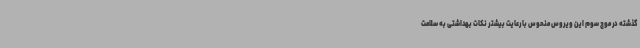
گذشته در موج سوم این ویروس منحوس با رعایت بیشتر نکات بهداشتی به سلامت